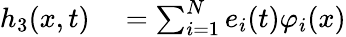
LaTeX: \begin{array}{rl}{h_{3}(x,t)}&{{}=\sum_{i=1}^{N}e_{i}(t)\varphi_{i}(x)}\end{array}